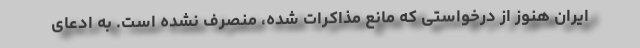
ایران هنوز از درخواستی که مانع مذاکرات شده، منصرف نشده است. به ادعای